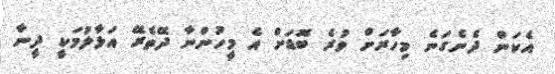
އެކަން ދެނެގަނެ މިހާރަށް ވުރެ ބޮޑަށް އެ މީހުންނާ ދޭތެރޭ އަޅާލުމަކީ ދީނާ